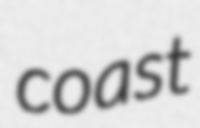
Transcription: coast